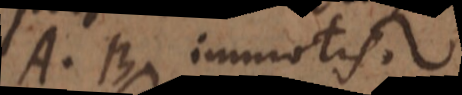
A, B immotis.